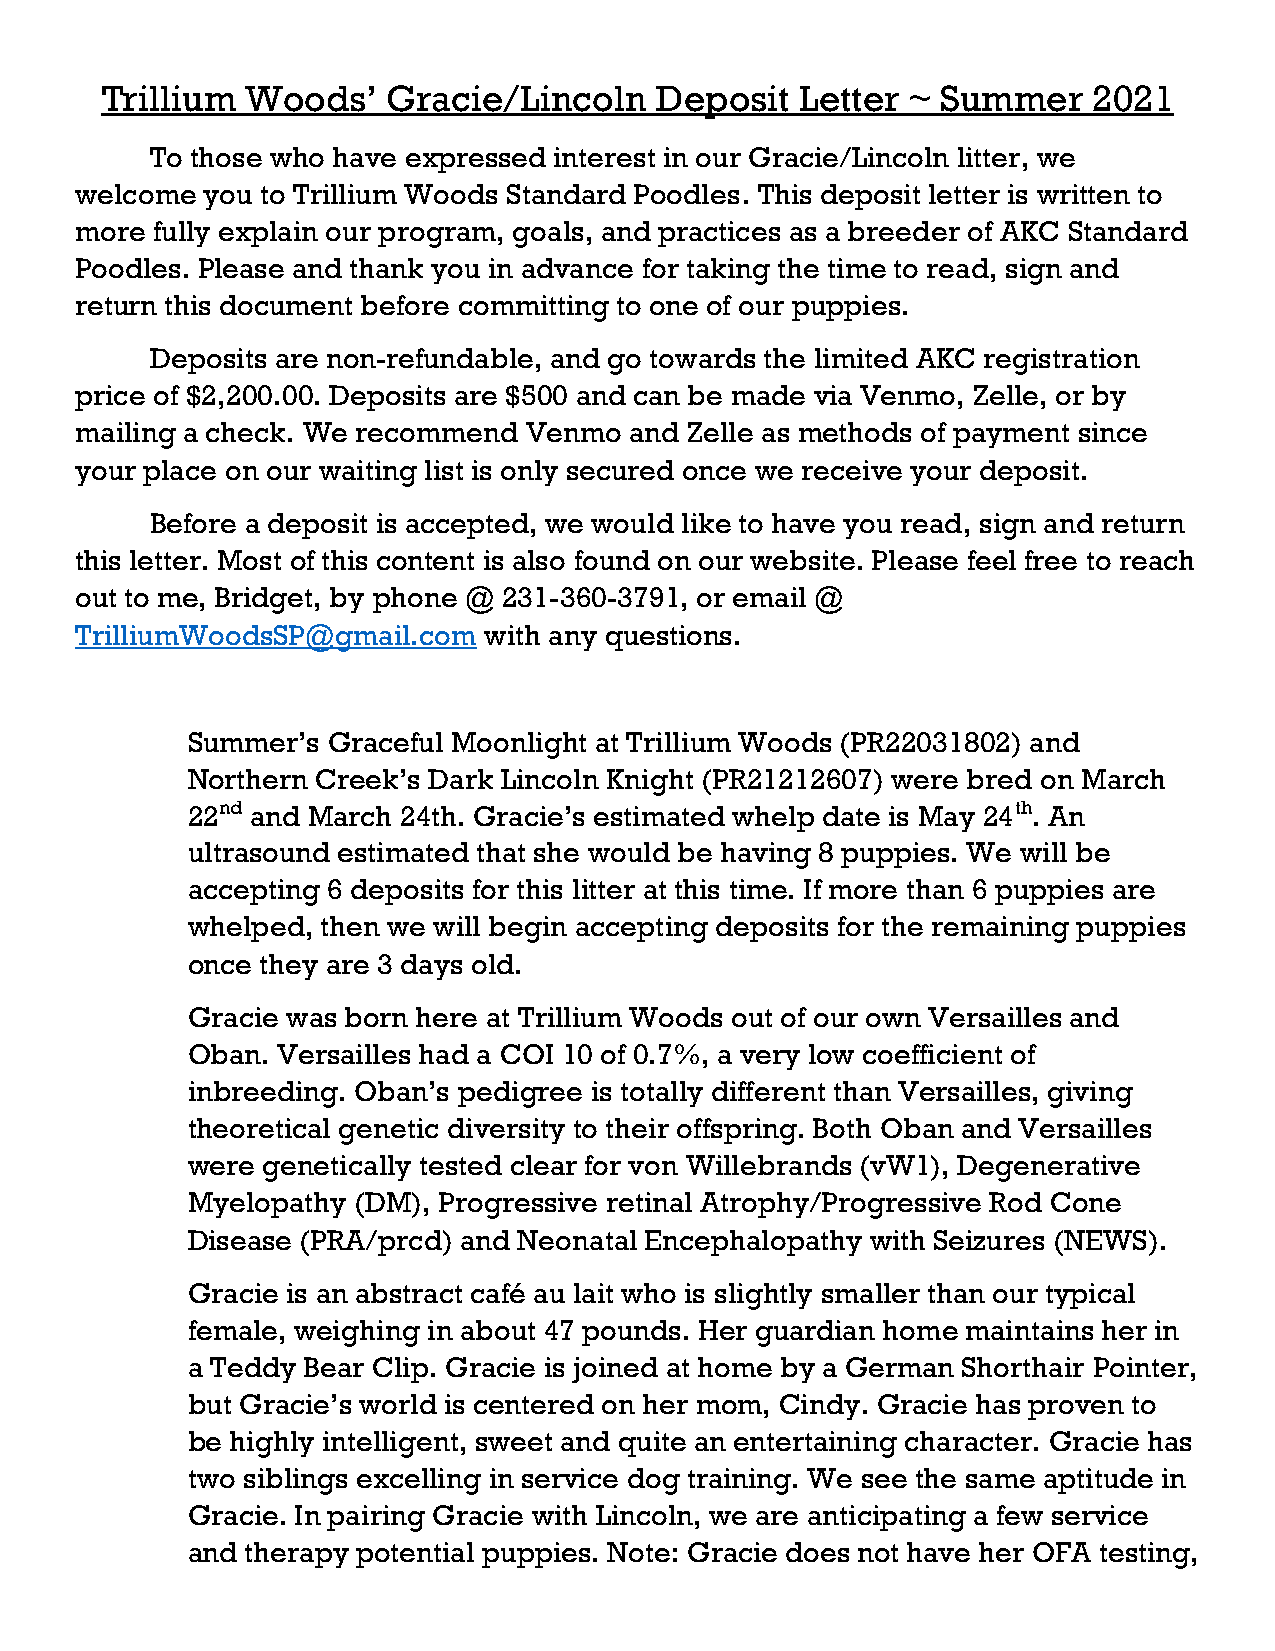
Trillium Woods’    Gracie/Lincoln   Deposit   Letter ~ Summer    2021
 To those who have expressed interest in our Gracie/Lincoln litter, we
 welcome you to Trillium Woods Standard Poodles. This deposit letter is written to
 more fully explain our program, goals, and practices as a breeder of AKC Standard
 Poodles. Please and thank you in advance for taking the time to read, sign and
 return this document before committing to one of our puppies.
 Deposits are non-refundable, and go towards the limited AKC registration
 price of $2,200.00. Deposits are $500 and can be made via Venmo, Zelle, or by
 mailing a check. We recommend Venmo  and Zelle as methods of payment since
 your place on our waiting list is only secured once we receive your deposit.
 Before a deposit is accepted, we would like to have you read, sign and return
 this letter. Most of this content is also found on our website. Please feel free to reach
 out to me, Bridget, by phone @ 231-360-3791, or email @
 TrilliumWoodsSP@gmail.com  with any questions.
 Summer’s  Graceful Moonlight at Trillium Woods (PR22031802) and
 Northern Creek’s Dark Lincoln Knight (PR21212607) were bred on March
 22nd and March 24th. Gracie’s estimated whelp date is May 24th. An
 ultrasound estimated that she would be having 8 puppies. We will be
 accepting 6 deposits for this litter at this time. If more than 6 puppies are
 whelped, then we will begin accepting deposits for the remaining puppies
 once they are 3 days old.
 Gracie was born here at Trillium Woods out of our own Versailles and
 Oban. Versailles had a COI 10 of 0.7%, a very low coefficient of
 inbreeding. Oban’s pedigree is totally different than Versailles, giving
 theoretical genetic diversity to their offspring. Both Oban and Versailles
 were genetically tested clear for von Willebrands (vW1), Degenerative
 Myelopathy (DM), Progressive retinal Atrophy/Progressive Rod Cone
 Disease (PRA/prcd) and Neonatal Encephalopathy with Seizures (NEWS).
 Gracie is an abstract café au lait who is slightly smaller than our typical
 female, weighing in about 47 pounds. Her guardian home maintains her in
 a Teddy Bear Clip. Gracie is joined at home by a German Shorthair Pointer,
 but Gracie’s world is centered on her mom, Cindy. Gracie has proven to
 be highly intelligent, sweet and quite an entertaining character. Gracie has
 two siblings excelling in service dog training. We see the same aptitude in
 Gracie. In pairing Gracie with Lincoln, we are anticipating a few service
 and therapy potential puppies. Note: Gracie does not have her OFA testing,